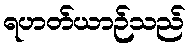
ရဟတ်ယာဉ်သည်